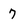
Character: 7